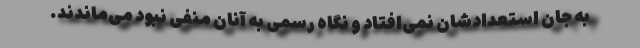
به جانِ استعدادشان نمی‌افتاد و نگاه رسمی به آنان منفی نبود می‌ماندند.